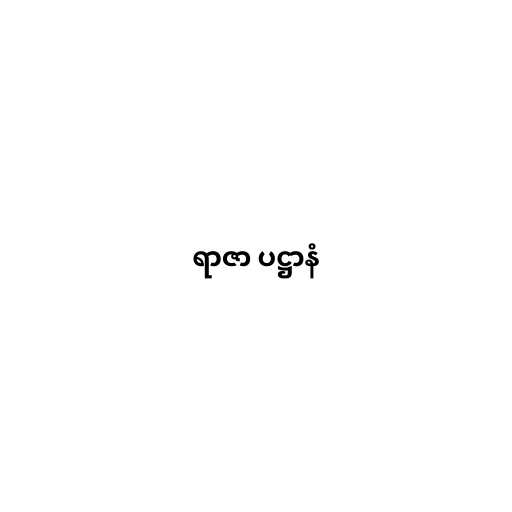
ရာဇာ ပဋ္ဌာနံ